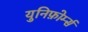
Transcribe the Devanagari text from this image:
युनिफ़ोर्म्स